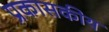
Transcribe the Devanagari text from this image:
प्रकासकीय